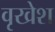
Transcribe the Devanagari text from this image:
वृखेश